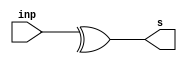
module geradorDeParidadePar(input [3:0] inp, output s);
	//assign s = inp[0] ^ inp [1] ^ inp[2] ^ inp[3];
	assign s = ^inp;//com o operador de reduo
endmodule